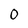
Character: O